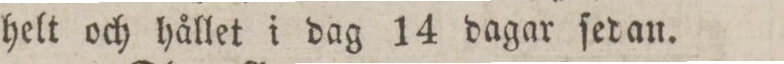
helt och hållet i dag 14 dagar ſedan.